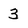
Character: 3